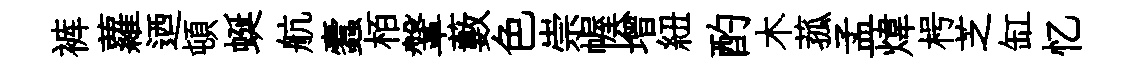
裤蘿迺頓蜒航蠧栢鞶藪色崇幄增紐酌木菰孟煒枵芝缸忆